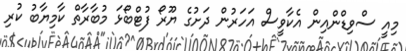
މިއީ ސްވިޑްންއިން އެކާވީސް އަހަރުން ދަށުގެ ޔޫރޯ ފުޓްބޯޅަ މުބާރާތް ކާމިޔާބު ކުރި